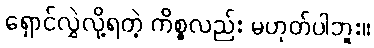
ရှောင်လွှဲလို့ရတဲ့ ကိစ္စလည်း မဟုတ်ပါဘူး။